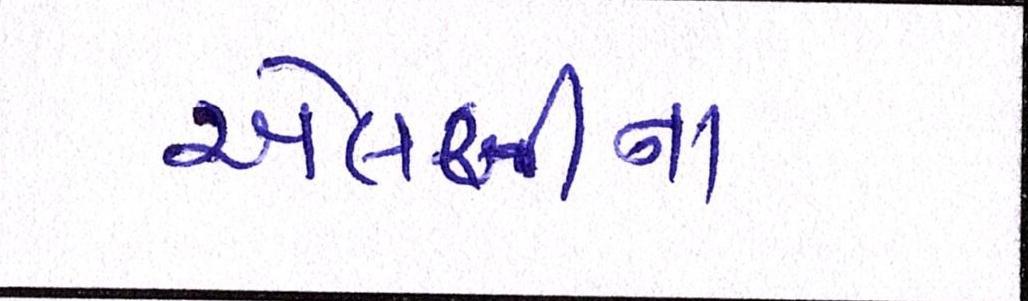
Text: એલબીના